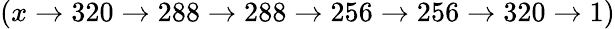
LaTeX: (x\rightarrow 320\rightarrow 288\rightarrow 288\rightarrow 256\rightarrow 256\rightarrow 320\rightarrow 1)